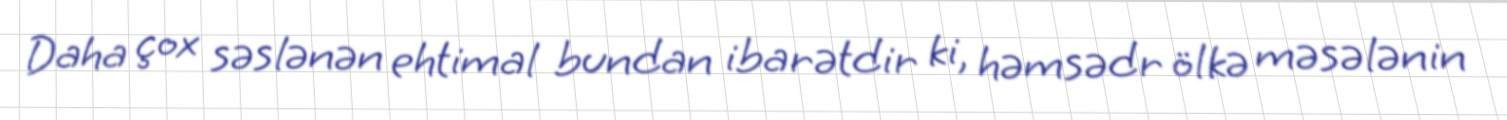
Daha çox səslənən ehtimal bundan ibarətdir ki, həmsədr ölkə məsələnin